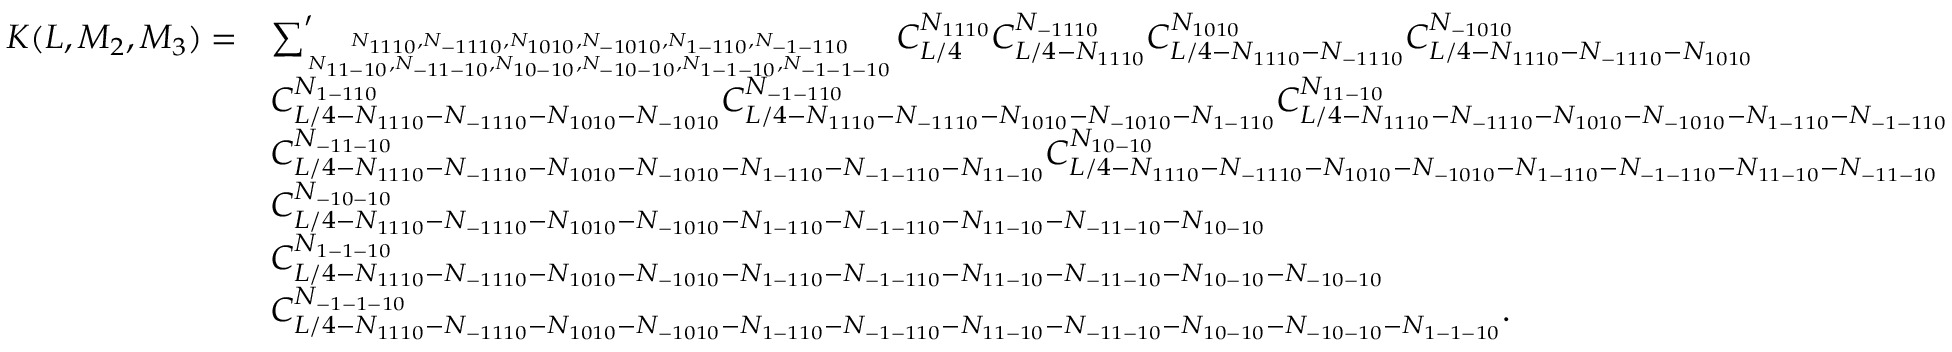
\begin{array} { r l } { K ( L , M _ { 2 } , M _ { 3 } ) = } & { { \sum } _ { N _ { 1 1 1 0 } , N _ { - 1 1 1 0 } , N _ { 1 0 1 0 } , N _ { - 1 0 1 0 } , N _ { 1 - 1 1 0 } , N _ { - 1 - 1 1 0 } \atop N _ { 1 1 - 1 0 } , N _ { - 1 1 - 1 0 } , N _ { 1 0 - 1 0 } , N _ { - 1 0 - 1 0 } , N _ { 1 - 1 - 1 0 } , N _ { - 1 - 1 - 1 0 } } ^ { \prime } C _ { L / 4 } ^ { N _ { 1 1 1 0 } } C _ { L / 4 - N _ { 1 1 1 0 } } ^ { N _ { - 1 1 1 0 } } C _ { L / 4 - N _ { 1 1 1 0 } - N _ { - 1 1 1 0 } } ^ { N _ { 1 0 1 0 } } C _ { L / 4 - N _ { 1 1 1 0 } - N _ { - 1 1 1 0 } - N _ { 1 0 1 0 } } ^ { N _ { - 1 0 1 0 } } } \\ & { C _ { L / 4 - N _ { 1 1 1 0 } - N _ { - 1 1 1 0 } - N _ { 1 0 1 0 } - N _ { - 1 0 1 0 } } ^ { N _ { 1 - 1 1 0 } } C _ { L / 4 - N _ { 1 1 1 0 } - N _ { - 1 1 1 0 } - N _ { 1 0 1 0 } - N _ { - 1 0 1 0 } - N _ { 1 - 1 1 0 } } ^ { N _ { - 1 - 1 1 0 } } C _ { L / 4 - N _ { 1 1 1 0 } - N _ { - 1 1 1 0 } - N _ { 1 0 1 0 } - N _ { - 1 0 1 0 } - N _ { 1 - 1 1 0 } - N _ { - 1 - 1 1 0 } } ^ { N _ { 1 1 - 1 0 } } } \\ & { C _ { L / 4 - N _ { 1 1 1 0 } - N _ { - 1 1 1 0 } - N _ { 1 0 1 0 } - N _ { - 1 0 1 0 } - N _ { 1 - 1 1 0 } - N _ { - 1 - 1 1 0 } - N _ { 1 1 - 1 0 } } ^ { N _ { - 1 1 - 1 0 } } C _ { L / 4 - N _ { 1 1 1 0 } - N _ { - 1 1 1 0 } - N _ { 1 0 1 0 } - N _ { - 1 0 1 0 } - N _ { 1 - 1 1 0 } - N _ { - 1 - 1 1 0 } - N _ { 1 1 - 1 0 } - N _ { - 1 1 - 1 0 } } ^ { N _ { 1 0 - 1 0 } } } \\ & { C _ { L / 4 - N _ { 1 1 1 0 } - N _ { - 1 1 1 0 } - N _ { 1 0 1 0 } - N _ { - 1 0 1 0 } - N _ { 1 - 1 1 0 } - N _ { - 1 - 1 1 0 } - N _ { 1 1 - 1 0 } - N _ { - 1 1 - 1 0 } - N _ { 1 0 - 1 0 } } ^ { N _ { - 1 0 - 1 0 } } } \\ & { C _ { L / 4 - N _ { 1 1 1 0 } - N _ { - 1 1 1 0 } - N _ { 1 0 1 0 } - N _ { - 1 0 1 0 } - N _ { 1 - 1 1 0 } - N _ { - 1 - 1 1 0 } - N _ { 1 1 - 1 0 } - N _ { - 1 1 - 1 0 } - N _ { 1 0 - 1 0 } - N _ { - 1 0 - 1 0 } } ^ { N _ { 1 - 1 - 1 0 } } } \\ & { C _ { L / 4 - N _ { 1 1 1 0 } - N _ { - 1 1 1 0 } - N _ { 1 0 1 0 } - N _ { - 1 0 1 0 } - N _ { 1 - 1 1 0 } - N _ { - 1 - 1 1 0 } - N _ { 1 1 - 1 0 } - N _ { - 1 1 - 1 0 } - N _ { 1 0 - 1 0 } - N _ { - 1 0 - 1 0 } - N _ { 1 - 1 - 1 0 } } ^ { N _ { - 1 - 1 - 1 0 } } . } \end{array}